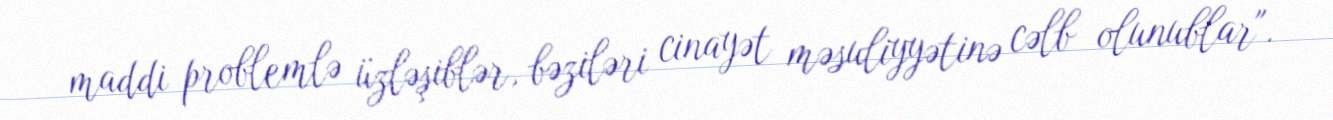
maddi problemlə üzləşiblər, bəziləri cinayət məsuliyyətinə cəlb olunublar".